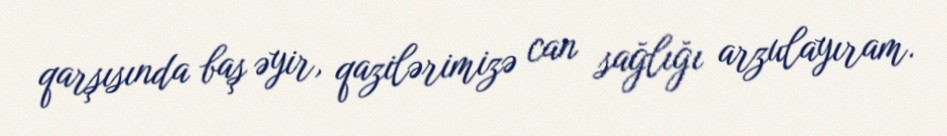
qarşısında baş əyir, qazilərimizə can sağlığı arzulayıram.